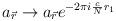
LaTeX: \begin{align*}a_{\vec r} \rightarrow a_{\vec r} e^{-2\pi i \frac{c}{N}r_1}\end{align*}